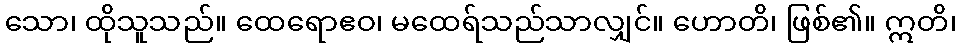
သော၊ ထိုသူသည်။ ထေရောဧဝ၊ မထေရ်သည်သာလျှင်။ ဟောတိ၊ ဖြစ်၏။ ဣတိ၊